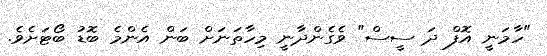
"ހާމަނީ އޮފް ދަ ސީސް" ވެގެންދާނީ މިހާތަނަށް ބަން އެންމެ ބޮޑު ބޯޓަށެވެ.